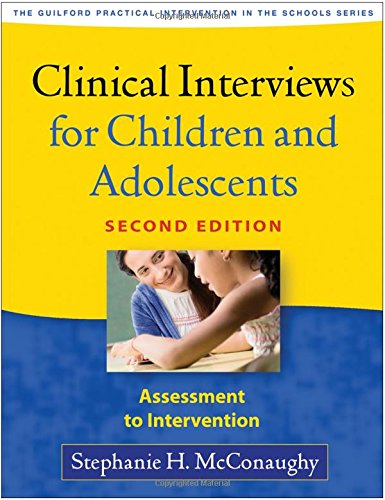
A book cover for Clinical Interviews for Children and Adolescents, Second Edition: Assessment to Intervention (Guilford Practical Intervention in the Schools); Stephanie H. McConaughy; Medical Books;